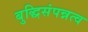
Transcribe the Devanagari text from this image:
बुद्धिसंपन्नत्व